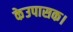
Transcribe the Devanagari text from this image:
केउपासक।